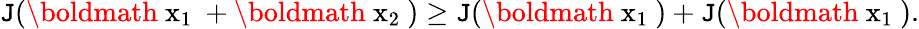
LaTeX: \mathtt{J}(\mathrm{{\boldmath~x_{1}~}}+\mathrm{{\boldmath~x_{2}~}})\ge\mathtt{J}(\mathrm{{\boldmath~x_{1}~}})+\mathtt{J}(\mathrm{{\boldmath~x_{1}~}}).